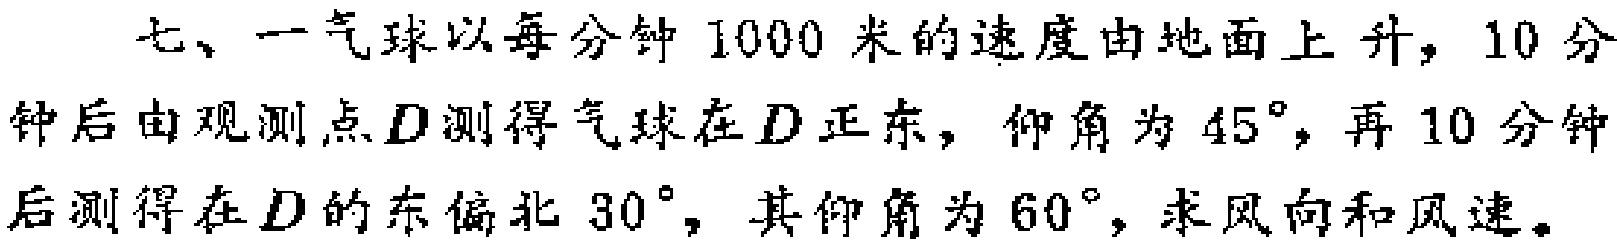
七、一气球以每分钟 \(1000\) 米的速度由地面上升，\(10\) 分钟后由观测点 \(D\) 测得气球在 \(D\) 正东，仰角为 \(45^{\circ}\)，再 \(10\) 分钟后测得在 \(D\) 的东偏北 \(30^{\circ}\)，其仰角为 \(60^{\circ}\)，求风向和风速。